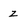
Character: z